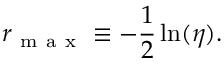
r _ { \mathrm { ~ m ~ a ~ x ~ } } \equiv - \frac { 1 } { 2 } \ln ( \eta ) .